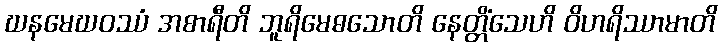
ဃနမေဃဝဿံ အစာရီတိ ဘူရိမေဓသောတိ နေတ္တိံသေဟိ ဝိဟရိဿာမာတိ